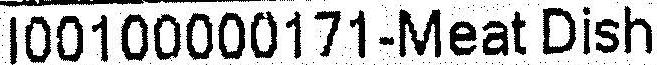
I00100000171-MEAT DISH